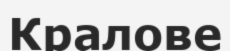
Кралове